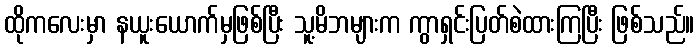
ထိုကလေးမှာ နယူးယောက်မှဖြစ်ပြီး သူ့မိဘများက ကွာရှင်းပြတ်စဲထားကြပြီး ဖြစ်သည်။